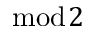
\bmod { 2 }